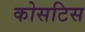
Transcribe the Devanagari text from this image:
कोसटिस